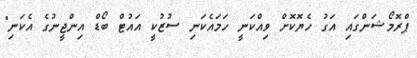
ޕްރޮމޯޝަންގައި އަގު ހެޔޮކޮށް ވިއްކަނީ ހަމައެކަނި ސުޒުކީ އައުޓް ބޯޑް އިންޖީނުގެ އެކަނި"